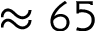
\approx 6 5